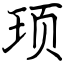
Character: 顼